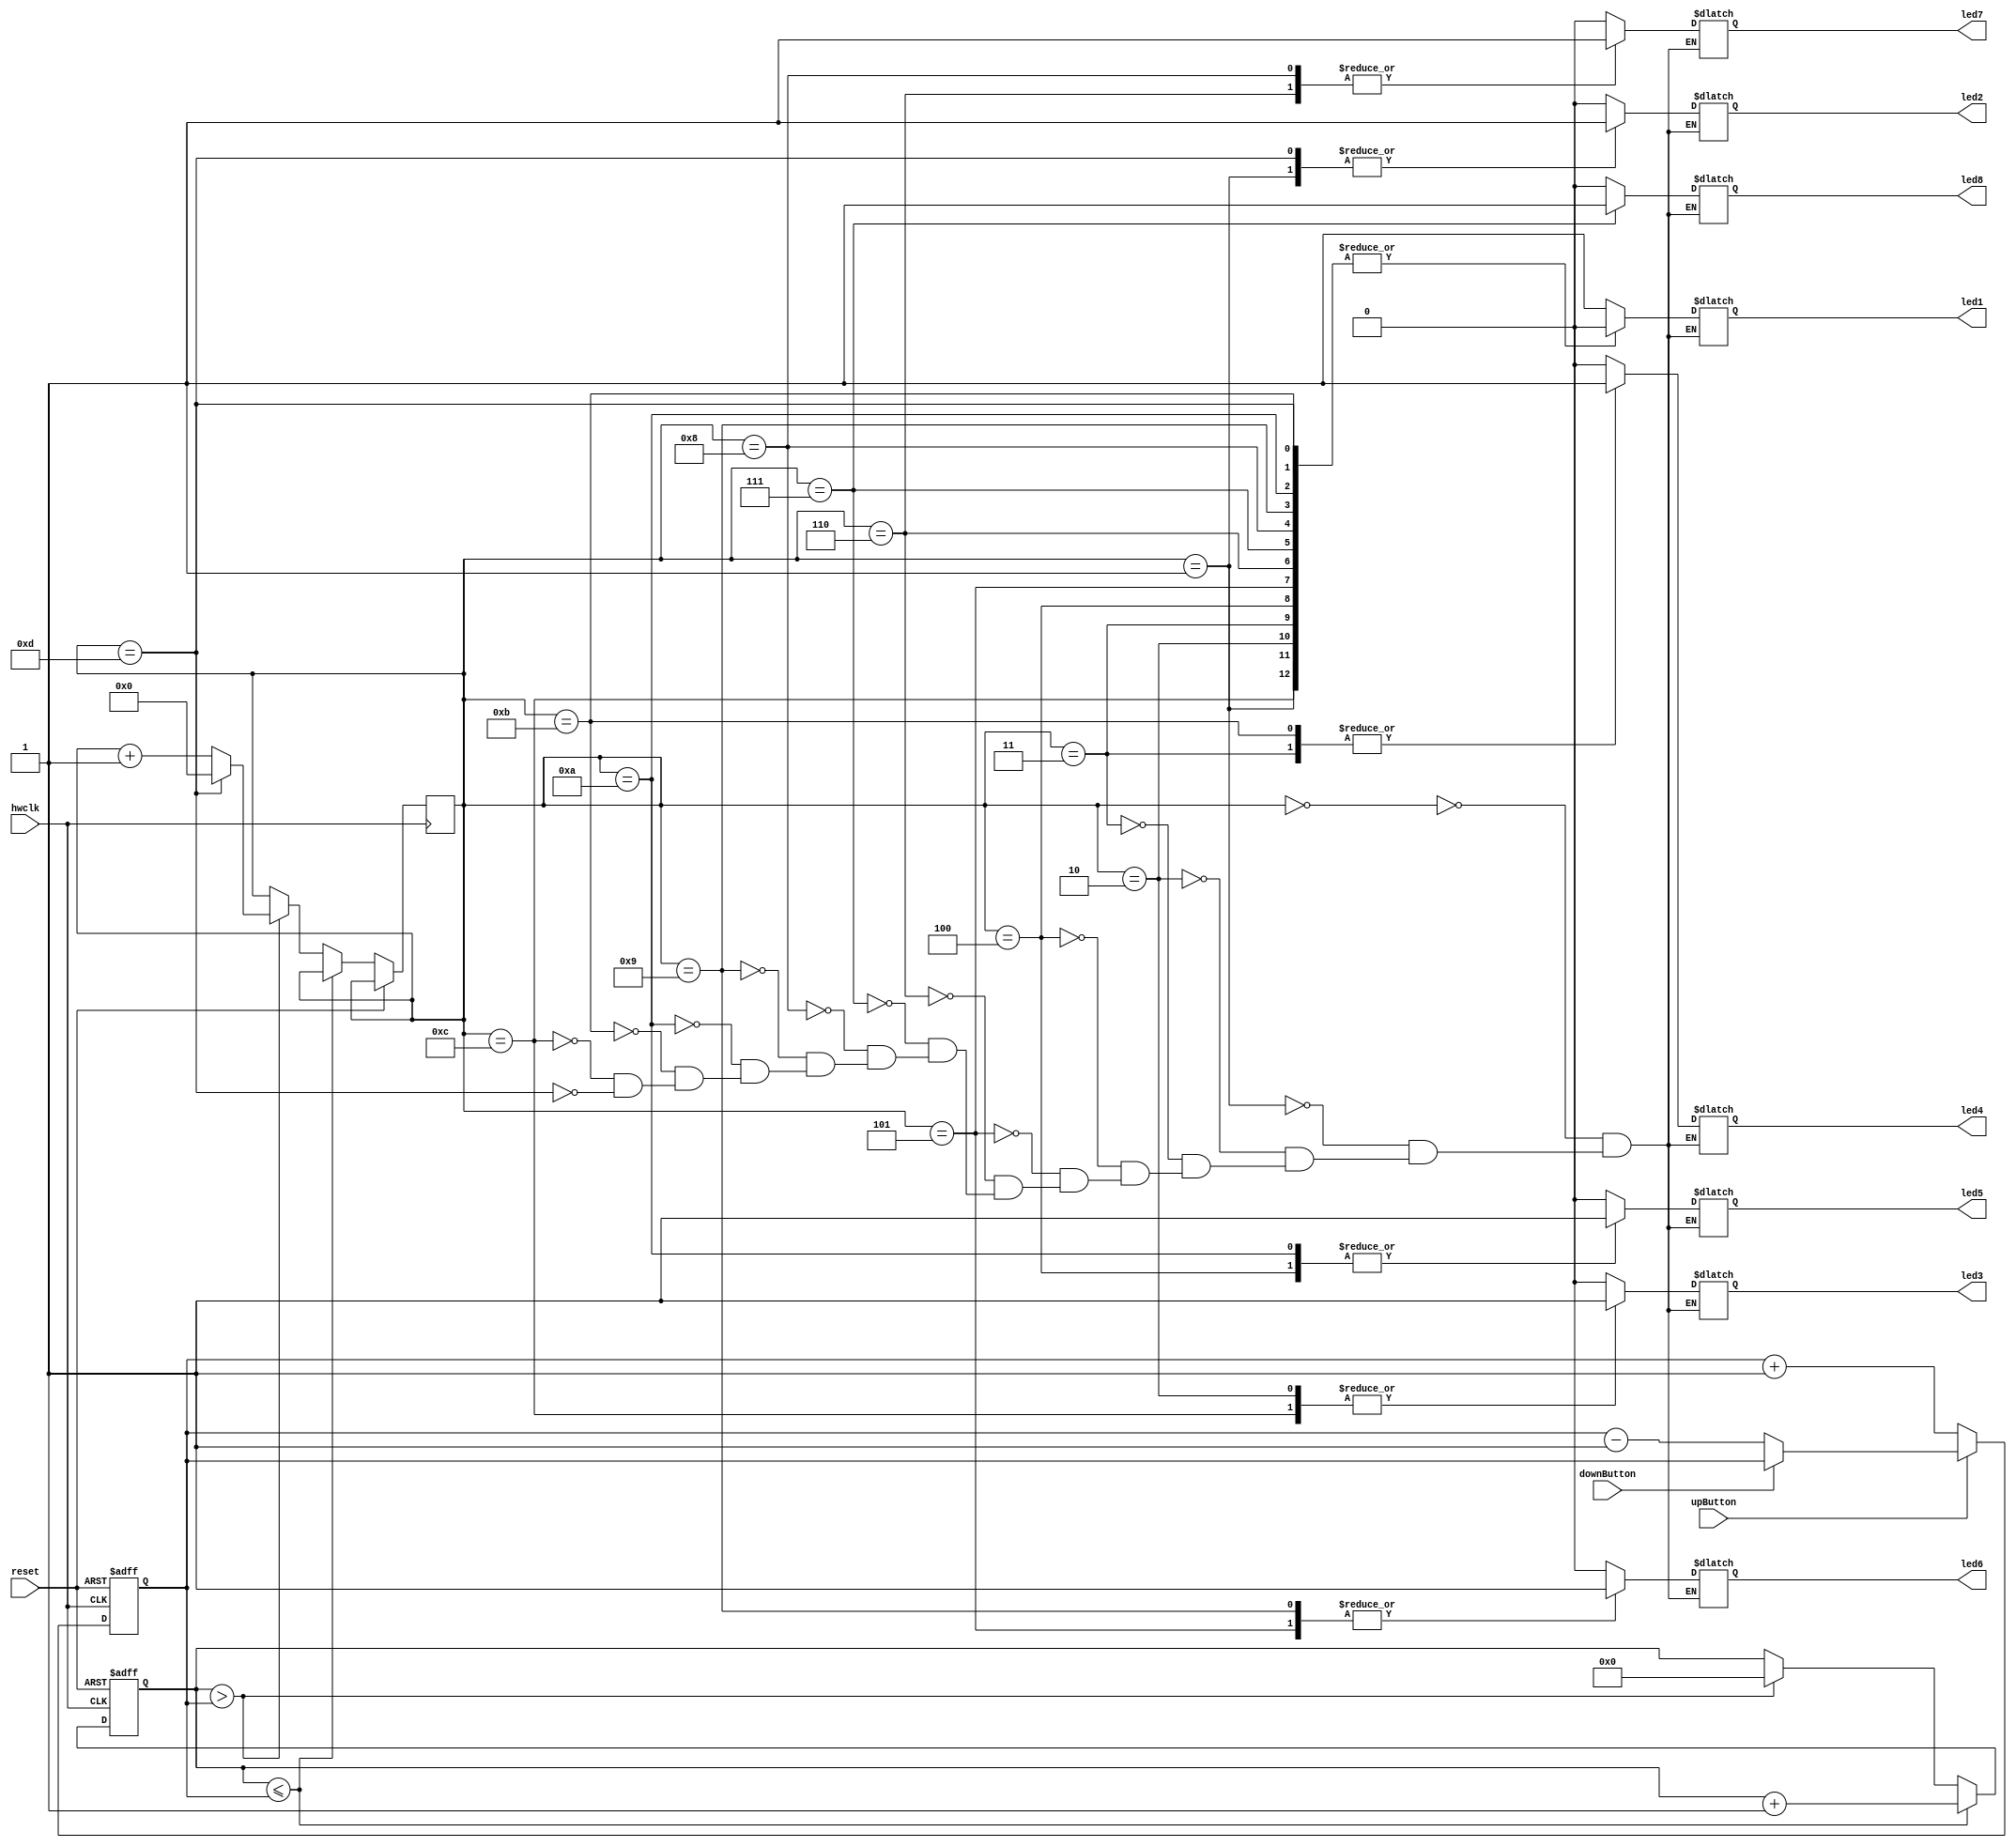
// nightrider LED pattern with buttons to toggle speed
/* module */
module top (hwclk, reset, led1, led2, led3, led4, led5, led6, led7, led8, upButton, downButton);
    /* I/O */
    input hwclk; 
    input reset; 

    output reg led1; 
    output reg led2; 
    output reg led3; 
    output reg led4; 
    output reg led5; 
    output reg led6; 
    output reg led7; 
    output reg led8;

	input upButton; 
	input downButton;


    /* State register */
    reg [4:0] state = 5'b00000; // Increase state register size

    /* Counter register */
    reg [31:0] counter = 32'b0; 

	/* Speed register */
	reg [31:0] speedCounter = 32'b0; 



    /* always */
	always @(posedge hwclk or posedge reset) begin
		if (reset) begin
			speedCounter <= 32'b00000000000100000000000000000000; 
		end else begin
			if (~upButton) begin
				speedCounter <= speedCounter + 1;
			end

			else if (~downButton) begin
				speedCounter <= speedCounter - 1;
			end
		end
	end      
    


    always @(posedge hwclk or posedge reset) begin
        if (reset) begin
            counter <= 32'b0;
        end else begin
			 if (counter <= speedCounter) begin
            	counter <= counter + 1;
			 end

			 else if (counter > speedCounter) begin
			 	counter <= 32'b0;
				state <= state + 1;
				if(state == 13) state <= 0; // Reset state after reaching 16
			 end
			 
        end
    end


    /* LED drivers */
	always @(*) begin

	case (state)
        5'b00000: {led1, led2, led3, led4, led5, led6, led7, led8} = 8'b10000000;
        5'b00001: {led1, led2, led3, led4, led5, led6, led7, led8} = 8'b01000000;
        5'b00010: {led1, led2, led3, led4, led5, led6, led7, led8} = 8'b00100000;
        5'b00011: {led1, led2, led3, led4, led5, led6, led7, led8} = 8'b00010000;
        5'b00100: {led1, led2, led3, led4, led5, led6, led7, led8} = 8'b00001000;
        5'b00101: {led1, led2, led3, led4, led5, led6, led7, led8} = 8'b00000100;
        5'b00110: {led1, led2, led3, led4, led5, led6, led7, led8} = 8'b00000010;
        5'b00111: {led1, led2, led3, led4, led5, led6, led7, led8} = 8'b00000001;

        // Reverse direction
        5'b01000: {led1, led2, led3, led4, led5, led6, led7, led8} = 8'b00000010;
        5'b01001: {led1, led2, led3, led4, led5, led6, led7, led8} = 8'b00000100;
        5'b01010: {led1, led2, led3, led4, led5, led6, led7, led8} = 8'b00001000;
        5'b01011: {led1, led2, led3, led4, led5, led6, led7, led8} = 8'b00010000;
        5'b01100: {led1, led2, led3, led4, led5, led6, led7, led8} = 8'b00100000;
        5'b01101: {led1, led2, led3, led4, led5, led6, led7, led8} = 8'b01000000;
	endcase
	
	end

endmodule